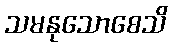
သမနုသောစေသိ